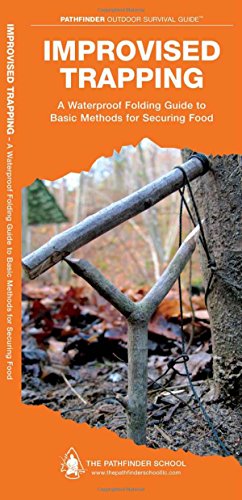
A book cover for Improvised Trapping: A Waterproof Pocket Guide to Basic Methods for Securing Food (Pathfinder Outdoor Survival Guide Series); Dave Canterbury; Sports & Outdoors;